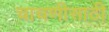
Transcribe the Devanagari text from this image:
चाचणीसाठी